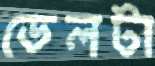
ডেলটা